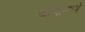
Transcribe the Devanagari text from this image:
नात्यामध्ये